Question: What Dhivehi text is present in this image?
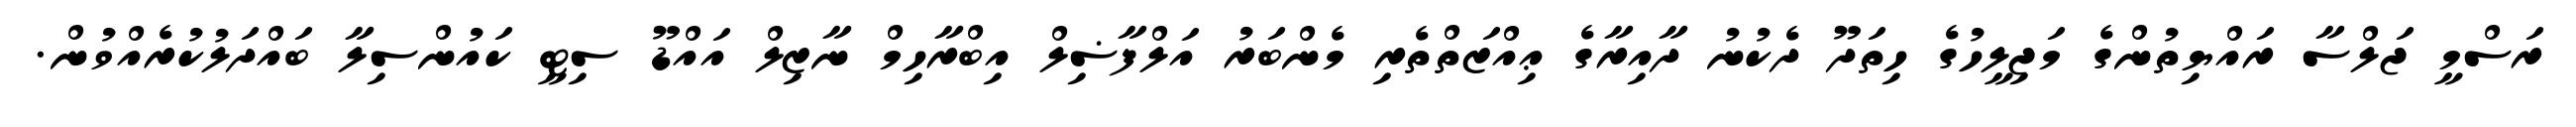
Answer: ރަސްމީ ޖަލްސާ ރައްޔިތުންގެ މަޖިލީހުގެ ހިތަދޫ ދެކުނު ދާއިރާގެ ޢިއްޒަތްތެރި މެންބަރު އަލްފާޟިލް އިބްރާހިމް ނާޒިލް އައްޑޫ ސިޓީ ކައުންސިލާ ބައްދަލުކުރެއްވުން.